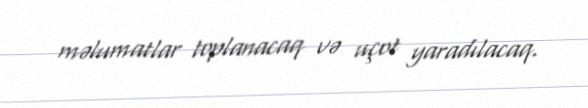
məlumatlar toplanacaq və uçot yaradılacaq.